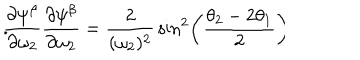
LaTeX: { \frac { \partial \psi ^ { \beta } } { \partial \omega _ { 2 } } } { \frac { \partial \psi ^ { \beta } } { \partial \omega _ { 2 } } } = { \frac { 2 } { ( \omega _ { 2 } ) ^ { 2 } } } \sin ^ { 2 } \left( { \frac { \theta _ { 2 } - 2 \theta _ { 1 } } { 2 } } \right) \hspace { 0 . 5 c m } .